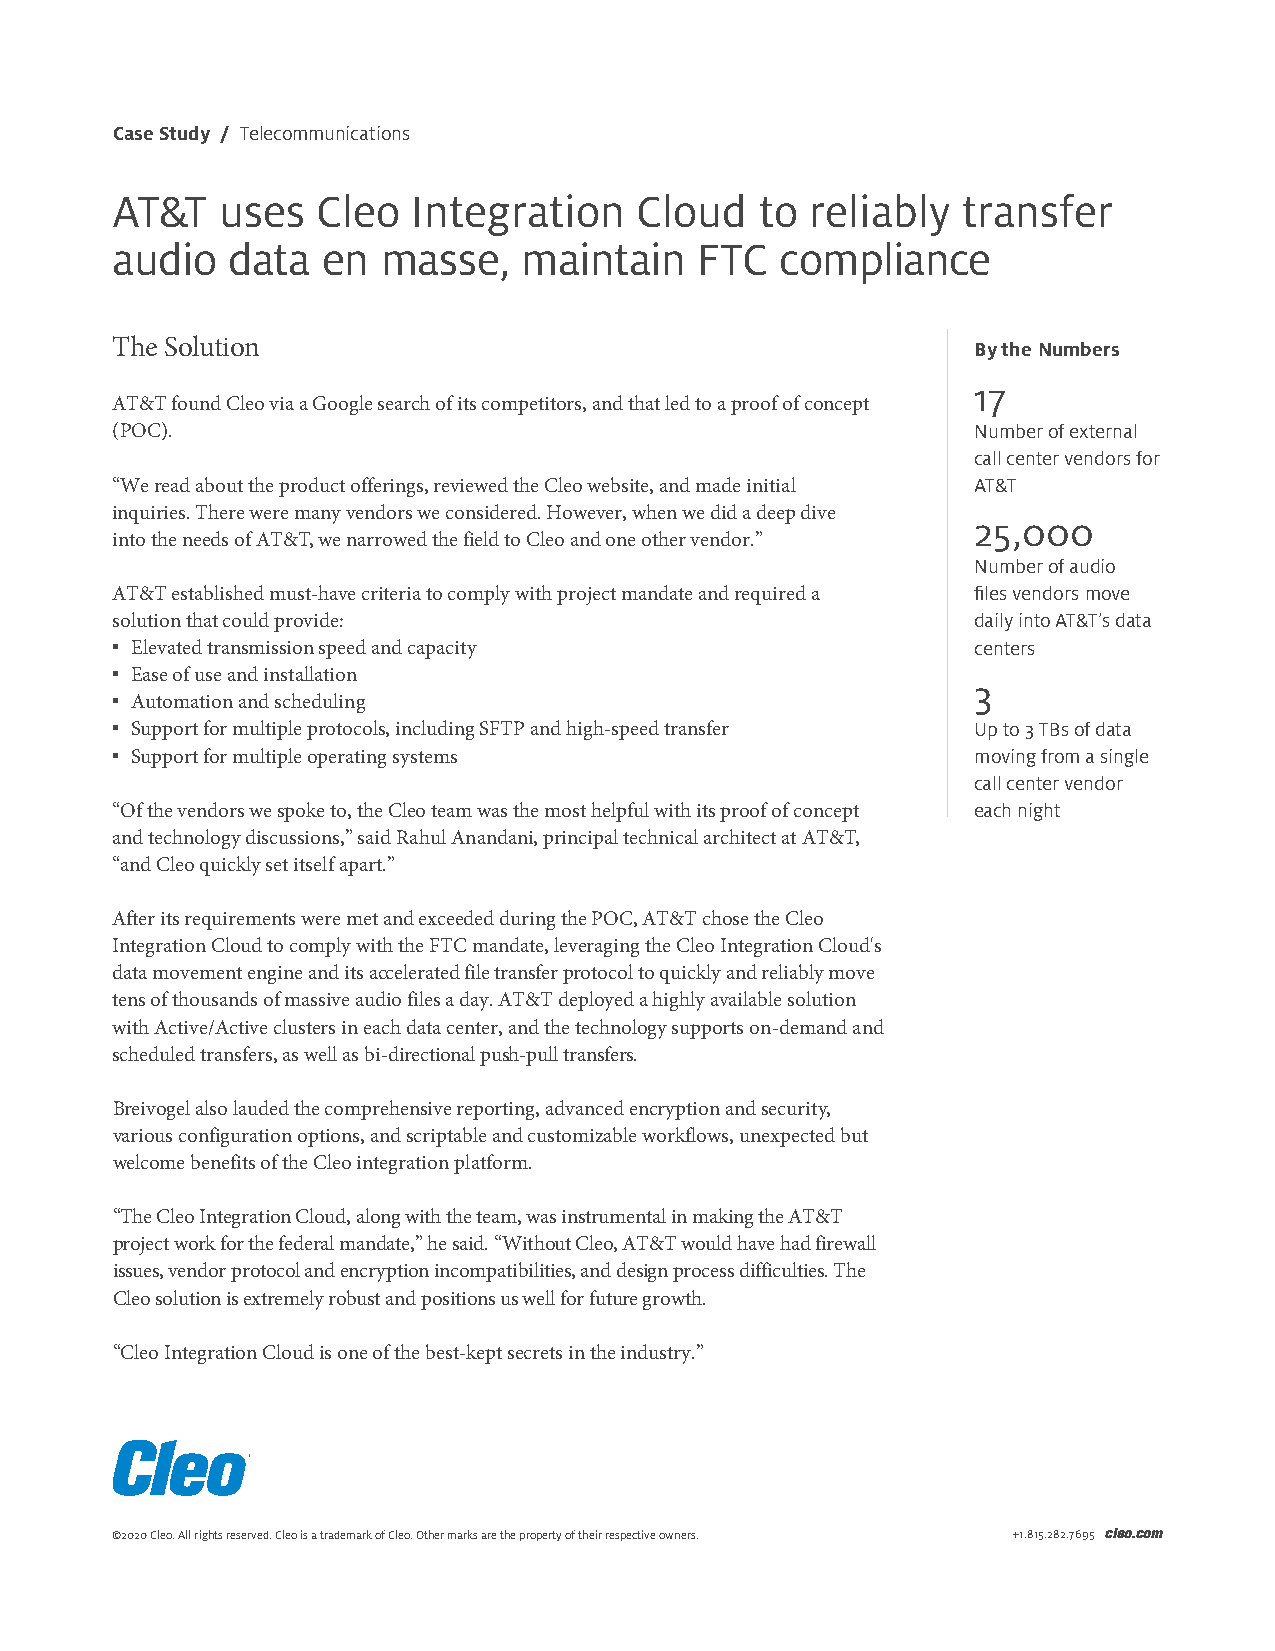
Case Study / Telecommunications
 AT&T    uses  Cleo  Integration    Cloud   to  reliably  transfer
 audio   data  en  masse,    maintain   FTC   compliance
 The Solution                                              By the Numbers
 17
 AT&T found Cleo via a Google search of its competitors, and that led to a proof of concept
 (POC).                                                    Number of external
 call center vendors for
 “We read about the product offerings, reviewed the Cleo website, and made initial AT&T
 inquiries. There were many vendors we considered. However, when we did a deep dive
 25,000
 into the needs of AT&T, we narrowed the field to Cleo and one other vendor.”
 Number of audio
 AT&T established must-have criteria to comply with project mandate and required a files vendors move
 solution that could provide:                              daily into AT&T’s data
 • Elevated transmission speed and capacity                centers
 • Ease of use and installation
 3
 • Automation and scheduling
 • Support for multiple protocols, including SFTP and high-speed transfer Up to 3 TBs of data
 • Support for multiple operating systems                  moving from a single
 call center vendor
 “Of the vendors we spoke to, the Cleo team was the most helpful with its proof of concept each night
 and technology discussions,” said Rahul Anandani, principal technical architect at AT&T,
 “and Cleo quickly set itself apart.”
 After its requirements were met and exceeded during the POC, AT&T chose the Cleo
 Integration Cloud to comply with the FTC mandate, leveraging the Cleo Integration Cloud's
 data movement engine and its accelerated file transfer protocol to quickly and reliably move
 tens of thousands of massive audio files a day. AT&T deployed a highly available solution
 with Active/Active clusters in each data center, and the technology supports on-demand and
 scheduled transfers, as well as bi-directional push-pull transfers.
 Breivogel also lauded the comprehensive reporting, advanced encryption and security,
 various configuration options, and scriptable and customizable workflows, unexpected but
 welcome benefits of the Cleo integration platform.
 “The Cleo Integration Cloud, along with the team, was instrumental in making the AT&T
 project work for the federal mandate,” he said. “Without Cleo, AT&T would have had firewall
 issues, vendor protocol and encryption incompatibilities, and design process difficulties. The
 Cleo solution is extremely robust and positions us well for future growth.
 “Cleo Integration Cloud is one of the best-kept secrets in the industry.”
 ©2020 Cleo. All rights reserved. Cleo is a trademark of Cleo. Other marks are the property of their respective owners. +1.815.282.7695 cleo.com